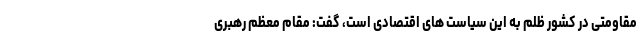
مقاومتی در کشور ظلم به این سیاست های اقتصادی است، گفت: مقام معظم رهبری